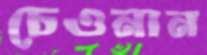
চেওনান